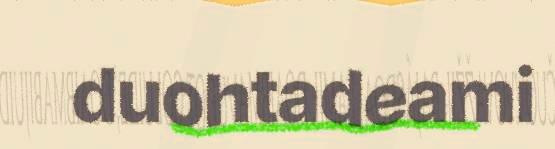
duohtadeami